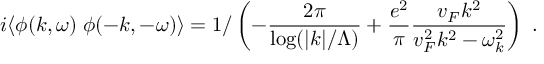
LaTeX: i \langle \phi ( k , \omega ) \; \phi ( - k , - \omega ) \rangle = 1 / \left( - \frac { 2 \pi } { \log ( | k | / \Lambda ) } + \frac { e ^ { 2 } } { \pi } \frac { v _ { F } k ^ { 2 } } { v _ { F } ^ { 2 } k ^ { 2 } - \omega _ { k } ^ { 2 } } \right) \; . \;